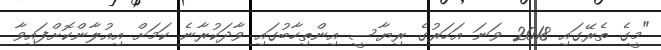
"މީގެ ތެރޭގައި 2018 ވަނަ އަހަރުގެ ރިޔާސީ އިންތިހާބުގައި ވާދަކުރާނެ ކަމަށް އިއުލާންކޮށްފައިވާ